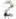
2